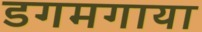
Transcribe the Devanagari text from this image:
डगमगाया